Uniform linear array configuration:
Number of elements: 12
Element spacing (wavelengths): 0.5
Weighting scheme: hamming
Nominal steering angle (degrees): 15
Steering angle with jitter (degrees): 14.091
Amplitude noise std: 0.05
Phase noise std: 0.05

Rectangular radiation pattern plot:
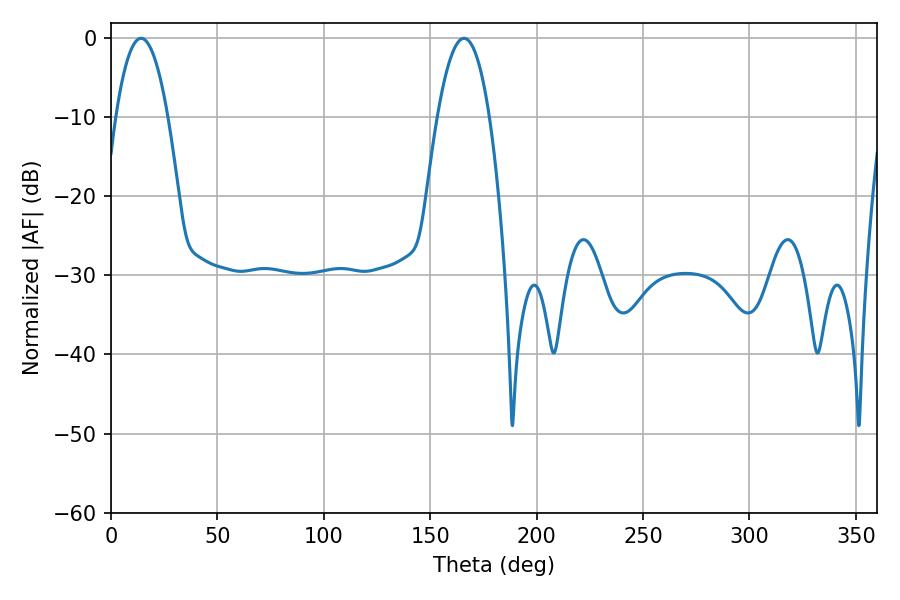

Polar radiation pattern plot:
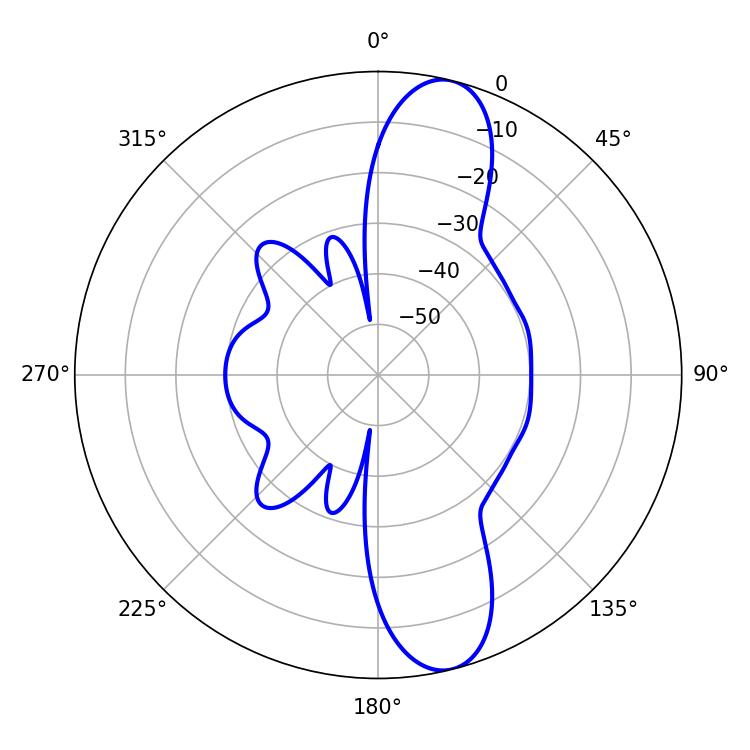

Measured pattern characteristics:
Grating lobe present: FALSE
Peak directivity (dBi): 12.046
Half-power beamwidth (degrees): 13.5
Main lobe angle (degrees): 14.04